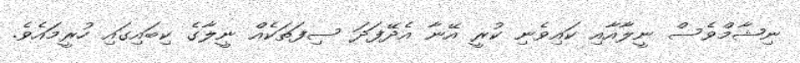
ނިޝާމްވެސް ނީލާއާއި ކައިވެނި ކުރީ އޭނާ އެދޭފަދަ ސިފަތަކެއް ނީލާގެ ކިބައިގައި ހުރީމައެވެ.